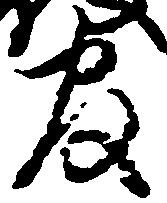
官